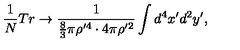
\frac { 1 } { N } T r \rightarrow \frac { 1 } { \frac { 8 } { 3 } \pi \rho ^ { \prime 4 } \cdot 4 \pi \rho ^ { \prime 2 } } \int d ^ { 4 } x ^ { \prime } d ^ { 2 } y ^ { \prime } ,